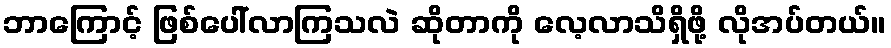
ဘာကြောင့် ဖြစ်ပေါ်လာကြသလဲ ဆိုတာကို လေ့လာသိရှိဖို့ လိုအပ်တယ်။